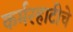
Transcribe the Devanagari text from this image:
कर्मरहाटीचे